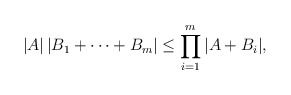
\begin{align*}|A|\,|B_1+\dots +B_m| \le \prod\limits_{i=1}^m|A+B_i|,\end{align*}